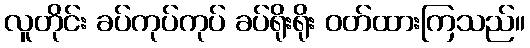
လူတိုင်း ခပ်ကုပ်ကုပ် ခပ်ရိုးရိုး ဝတ်ထားကြသည်။